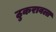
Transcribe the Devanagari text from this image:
ठुकरावला